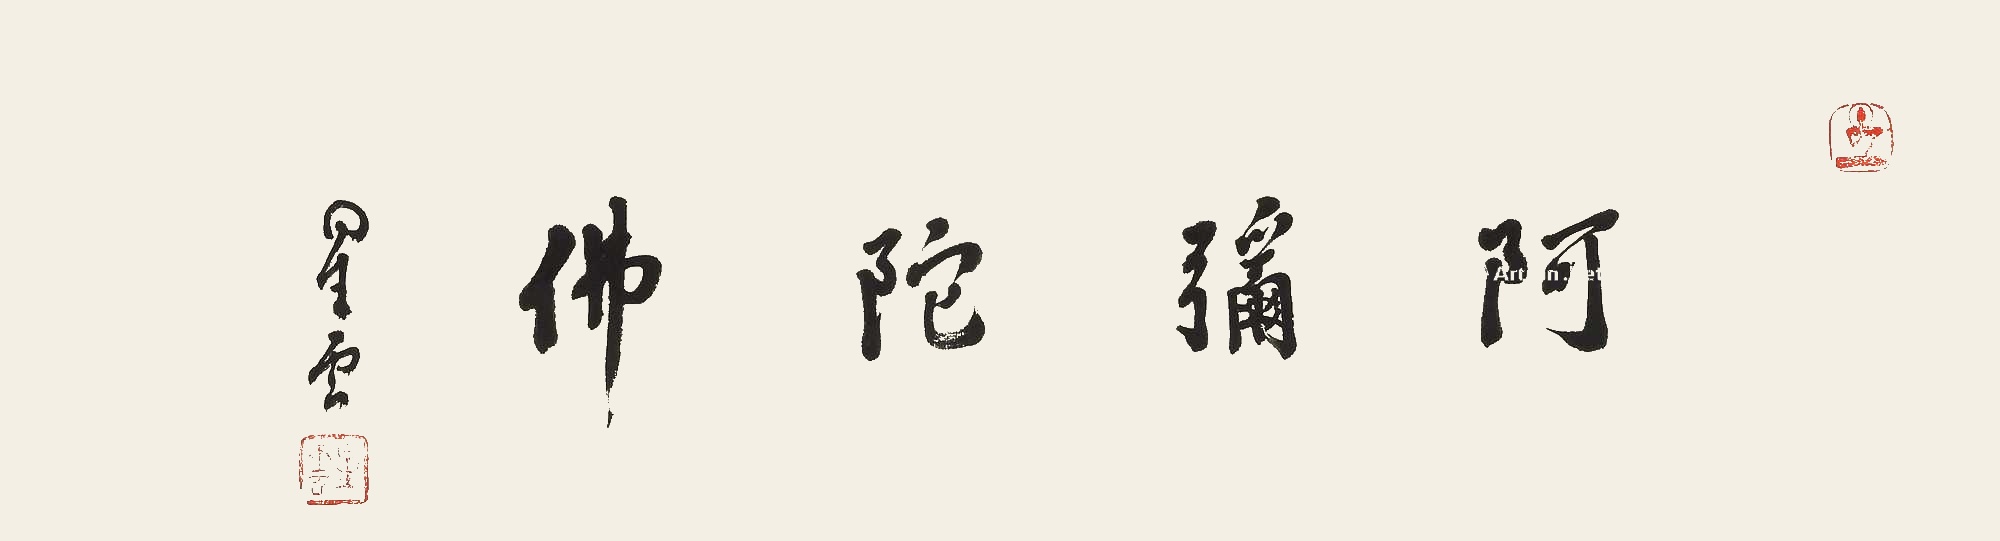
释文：阿弥陀佛星云